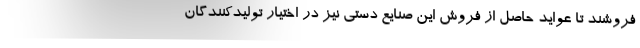
فروشند تا عواید حاصل از فروش این صنایع دستی نیز در اختیار تولیدکنندگان